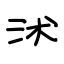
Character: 沭